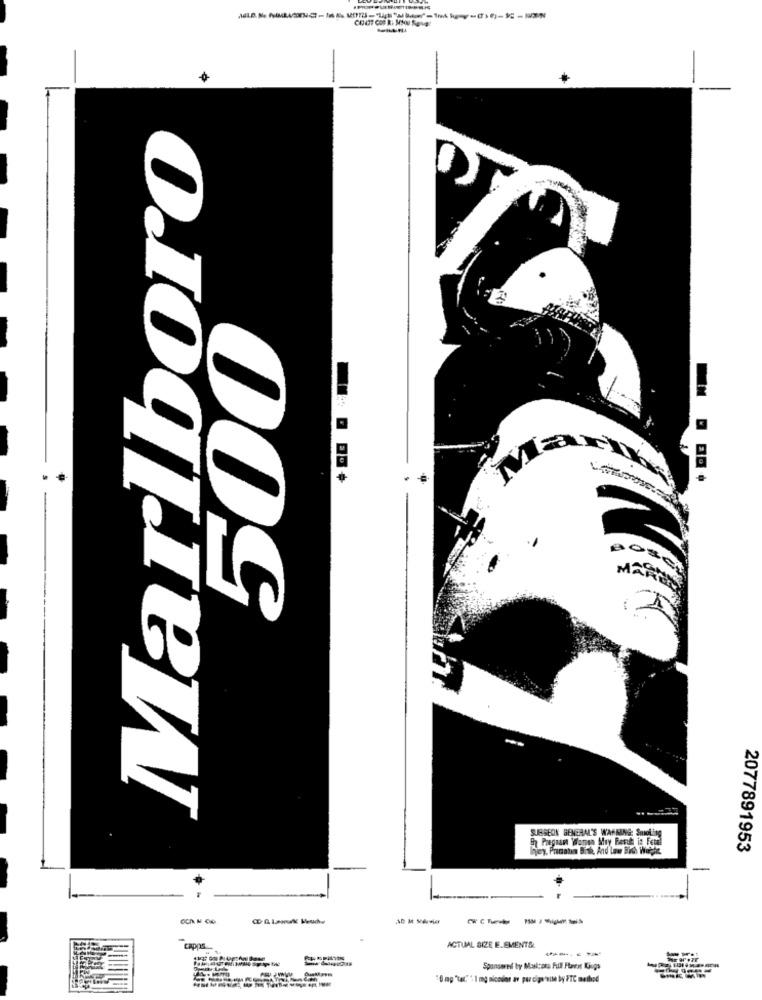
Marlboro
500
.. ..
SURGEON GENERAL'S WARNING: Smoking
ha Pregnant Women Muy Besch iz Feb
hey, Prinatın Bith, And Law Sich Wieght
2077891953
WA lawsk keuche
ACTUAL SIZE E.EMENTS:
capps
Sponsored by Mulcons Full Forst Kings
"0 mg "te" 1 mg aicoins av par cige with by FTC method